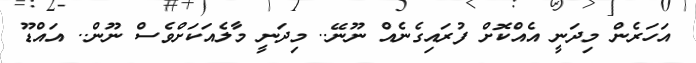
އަހަރެން މިދަނީ އެއްކޮށް ފުރައިގެނެއް ނޫނޭ.. މިދަނީ މާލެއަކަށްވެސް ނޫން.. އައްޑޫ